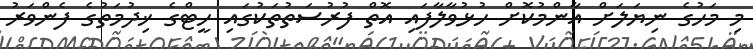
މި މަހުގެ ނިޔަލަށް އާންމުކޮށް ހުޅުވާލާފައި އޮތް ފުރުސަތުތަކުގައި ހީޓްގެ ޚިދުމަތުގެ ފެންވަރު